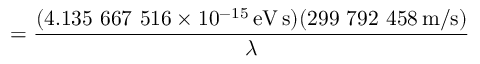
= { \frac { ( 4 . 1 3 5 \ 6 6 7 \ 5 1 6 \times 1 0 ^ { - 1 5 } \, { \mathrm { e V } } \, { \mathrm { s } } ) ( 2 9 9 \ 7 9 2 \ 4 5 8 \, { \mathrm { m / s } } ) } { \lambda } }